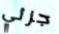
جزئي